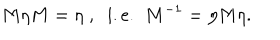
LaTeX: M \eta M = \eta \; , \; \; \mathrm { i . e . } \; \; M ^ { - 1 } = \eta M \eta .